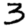
Digit: 3